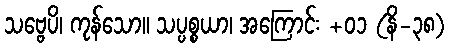
သဗ္ဗေပိ၊ ကုန်သော။ သပ္ပစ္စယာ၊ အကြောင်း +၀၁ (နိ-၃၈)